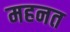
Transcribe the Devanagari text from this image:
महनत